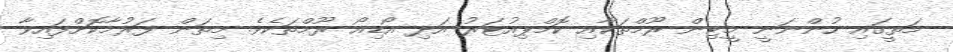
މަތީގައި ހުންނަނީ މީޓިން ރޫމްތަކާއި ކޮމްޕިއުޓަރު އަދި އޯޑިއޯ ރޫމްތަކެވެ. މިތަން ފަރުމާކޮށްފައިވާ